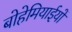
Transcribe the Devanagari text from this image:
बोहेमियाईयों